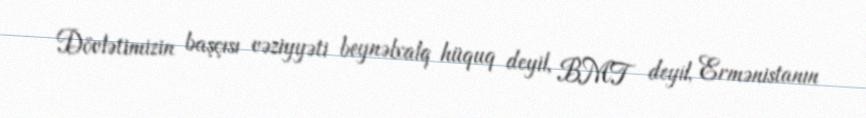
Dövlətimizin başçısı vəziyyəti beynəlxalq hüquq deyil, BMT deyil, Ermənistanın